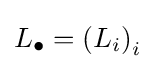
L_{\bullet }=\left(L_{i}\right)_{i}